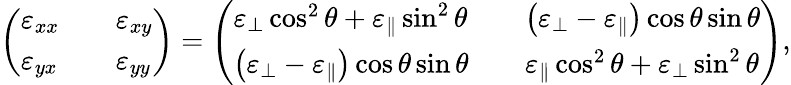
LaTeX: \begin{array}{r}{\left(\begin{array}{lll}{\varepsilon_{xx}}&&{\varepsilon_{xy}}\\ {\varepsilon_{yx}}&&{\varepsilon_{yy}}\end{array}\right)=\left(\begin{array}{lll}{\varepsilon_{\perp}\cos^{2}\theta+\varepsilon_{\parallel}\sin^{2}\theta}&&{\left(\varepsilon_{\perp}-\varepsilon_{\parallel}\right)\cos\theta\sin\theta}\\ {\left(\varepsilon_{\perp}-\varepsilon_{\parallel}\right)\cos\theta\sin\theta}&&{\varepsilon_{\parallel}\cos^{2}\theta+\varepsilon_{\perp}\sin^{2}\theta}\end{array}\right),}\end{array}